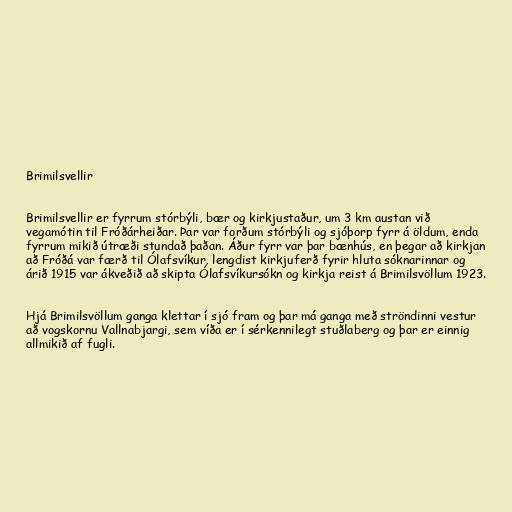
Brimilsvellir

Brimilsvellir er fyrrum stórbýli, bær og kirkjustaður, um 3 km austan við
vegamótin til Fróðárheiðar. Þar var forðum stórbýli og sjóþorp fyrr á öldum, enda
fyrrum mikið útræði stundað þaðan. Áður fyrr var þar bænhús, en þegar að kirkjan
að Fróðá var færð til Ólafsvíkur, lengdist kirkjuferð fyrir hluta sóknarinnar og
árið 1915 var ákveðið að skipta Ólafsvíkursókn og kirkja reist á Brimilsvöllum 1923.

Hjá Brimilsvöllum ganga klettar í sjó fram og þar má ganga með ströndinni vestur
að vogskornu Vallnabjargi, sem víða er í sérkennilegt stuðlaberg og þar er einnig
allmikið af fugli.